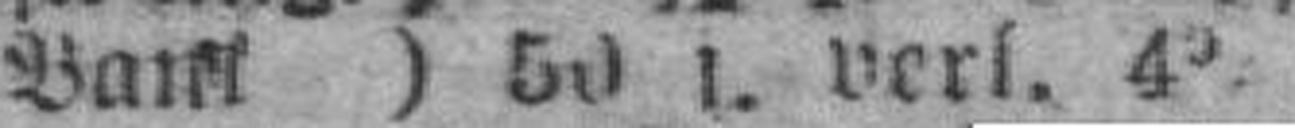
Bank) 50 1. verl. 4%